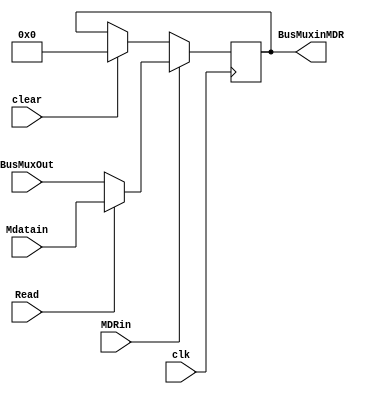
// Memory data register (MDR) is a 32-bit register with MUX to select between input fro the bus or memory chip
module MDR ( 
    input clear, clk, MDRin,
	 input [31:0]BusMuxOut, Mdatain,
	 input Read,
    output [31:0]BusMuxinMDR
);
    reg [31:0]D;
    reg [31:0]Q;
//update its value on the positive edge of the clock signal
 always @ (posedge clk) begin 
            //source of the data is controlled by the Read
				if (MDRin) begin
					if (Read) begin
						Q <= Mdatain;
            end
            
            else begin
                Q <= BusMuxOut;
            end
				end

            else if (clear) begin
                Q <= 32'b0;
            end
			end
    assign BusMuxinMDR = Q;
endmodule